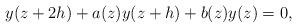
LaTeX: \begin{align*}y(z+2h) + a(z) y(z+h) + b(z)y(z) =0,\end{align*}